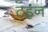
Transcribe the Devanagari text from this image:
टहन